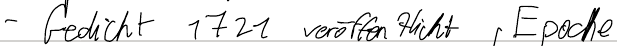
- Gedicht 1721 veröffentlicht, Epoche